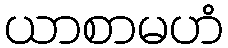
ယာစာမဟံ